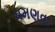
ધમણવા